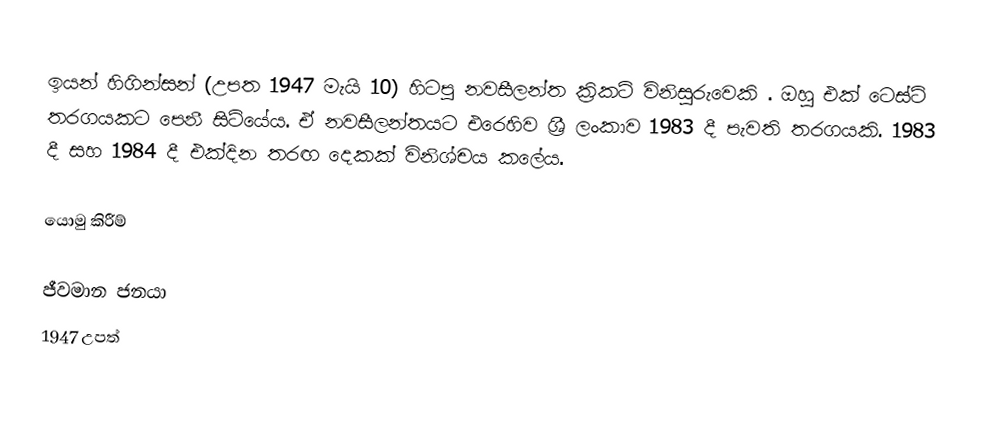
ඉයන් හිගින්සන් (උපත 1947 මැයි 10) හිටපු නවසීලන්ත ක්‍රිකට් විනිසුරුවෙකි . ඔහු එක් ටෙස්ට් තරගයකට පෙනී සිටියේය. ඒ නවසීලන්තයට එරෙහිව ශ්‍රී ලංකාව 1983 දී පැවති තරගයකි. 1983 දී සහ 1984 දී එක්දින තරඟ දෙකක් විනිශ්චය කලේය.

යොමු කිරීම්

ජීවමාන ජනයා
1947 උපත්